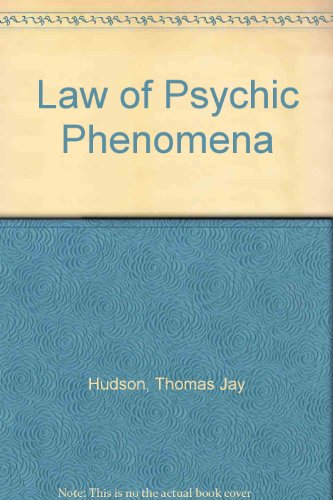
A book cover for The law of psychic phenomena; Thomson Jay Hudson; Self-Help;